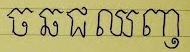
ច ឆ ជ ឈ ញ